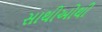
સાથીઓથી